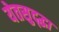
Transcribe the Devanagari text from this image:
येतसुद्द्धा